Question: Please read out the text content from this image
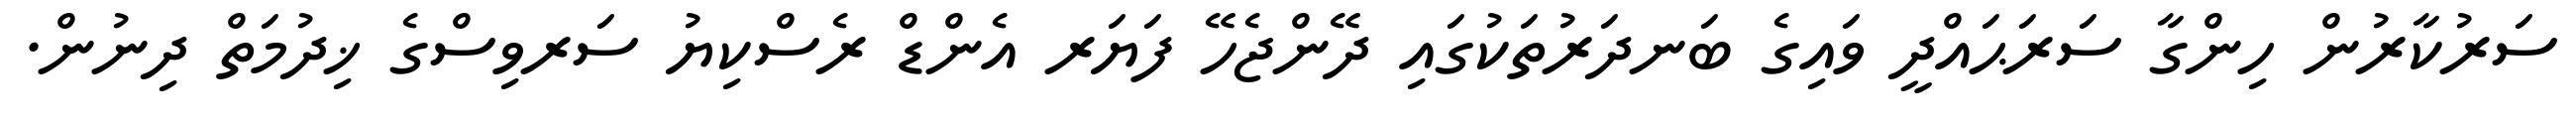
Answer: ސަރުކާރުން ހިންގާ ސަރަޙައްދީ ވައިގެ ބަނދަރުތަކުގައި ދޭންޖެހޭ ފަޔަރ އެންޑް ރެސްކިޔު ސަރވިސްގެ ޚިދުމަތް ދިނުން.